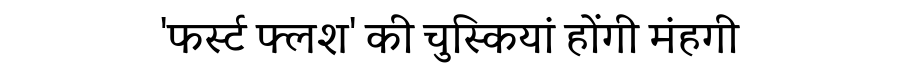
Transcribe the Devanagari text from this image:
'फर्स्ट फ्लश' की चुस्कियां होंगी मंहगी